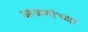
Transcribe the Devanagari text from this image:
आश्रमांच्या